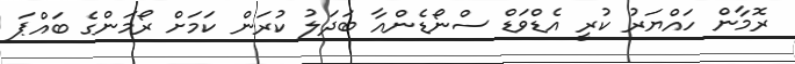
ރޮމާން ހައްޔަރު ކުރީ އެޑްވަޑް ސްނޯޑެންއާ ބަދަލު ކުރަން ކަމަށް ރޯމަންގެ ބައްޕަ